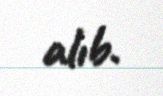
alıb.